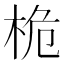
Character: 桅